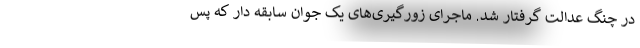
در چنگ عدالت گرفتار شد. ماجرای زورگیری‌های یک جوان سابقه دار که پس